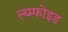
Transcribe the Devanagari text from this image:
ल्य्म्फोइड